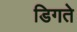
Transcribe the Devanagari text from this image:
डिगते